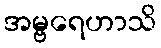
အမ္ဗရေဟာသိ